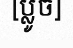
[ប្លូច]